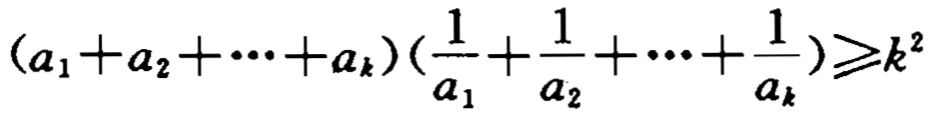
\((a_1 + a_2 + \cdots + a_k)\left(\frac{1}{a_1} + \frac{1}{a_2} + \cdots + \frac{1}{a_k}\right)\geq k^2\)